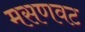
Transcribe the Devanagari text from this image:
मसणवट